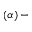
\left( \alpha \right) -